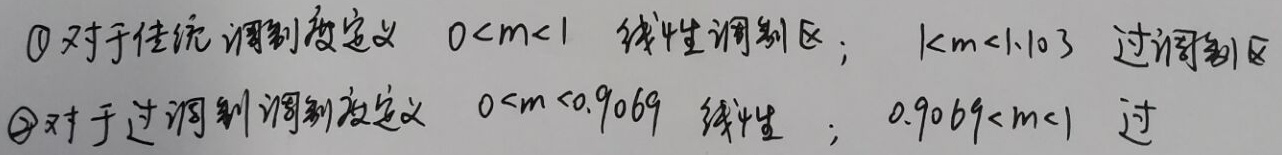
\textcircled{1}对于传统调制度定义：\(0 < m < 1\)为线性调制区；\(1 < m < 1.103\)为过调制区。
\textcircled{2}对于过调制调制度定义：\(0 < m < 0.9069\)为线性；\(0.9069 < m < 1\)为过调制。